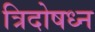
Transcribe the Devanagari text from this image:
त्रिदोषध्न